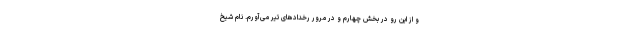
و از این رو در بخش چهارم و در مرور رخدادهای تیر می‌آورم. نام شیخ